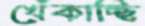
খেঁকাচ্ছি